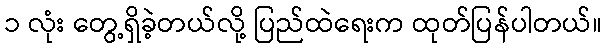
၁ လုံး တွေ့ရှိခဲ့တယ်လို့ ပြည်ထဲရေးက ထုတ်ပြန်ပါတယ်။